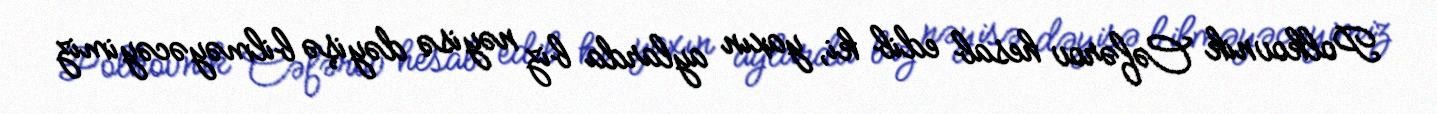
Polkovnik Cəfərov hesab edib ki, yaxın aylarda biz nəyisə dəyişə bilməyəcəyimiz